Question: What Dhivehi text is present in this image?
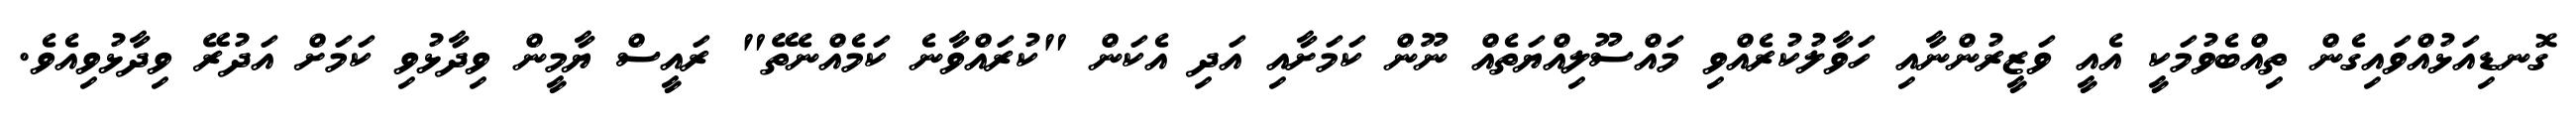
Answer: ގޮނޑިއަޅުއްވައިގެން ތިއްބެވުމަކީ އެއީ ވަޒީރުންނާއި ހަވާލުކުރެއްވި މައްސޫލިއްޔަތެއް ނޫން ކަމަށާއި އަދި އެކަން "ކުރައްވާނެ ކަމެއްނެތޭ" ރައީސް ޔާމީން ވިދާޅުވި ކަމަށް އަދުރޭ ވިދާޅުވިއެވެ.